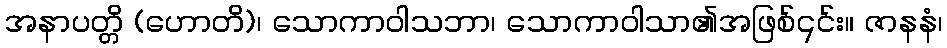
အနာပတ္တိ (ဟောတိ)၊ သောကာဝါသဘာ၊ သောကာဝါသာ၏အဖြစ်၎င်း။ ဇာနနံ၊